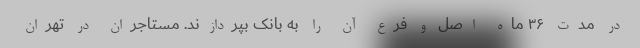
در مدت ۳۶ ماه اصل و فرع آن را به بانک بپردازند. مستاجران در تهران